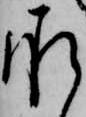
承